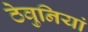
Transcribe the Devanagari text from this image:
ठेवुनियां